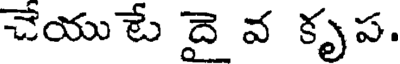
చేయు టే దై వ కృప.